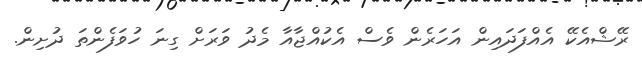
ރޭޝްއެކޭ އެއްފަދައިން އަހަރެން ވެސް އެކުއްޖާއާ މެދު ވަރަށް ގިނަ ހުވަފެންތަ ދުށިން.